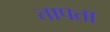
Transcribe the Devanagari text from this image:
तापता